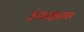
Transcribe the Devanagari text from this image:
ऊंबरठ्यावर